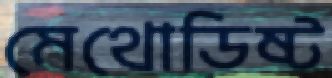
মেথোডিষ্ট